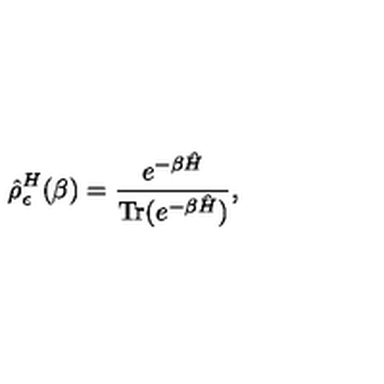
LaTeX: \hat { \rho } _ { \epsilon } ^ { H } ( \beta ) = { \frac { e ^ { - \beta \hat { H } } } { \mathrm { T r } ( e ^ { - \beta \hat { H } } ) } } ,